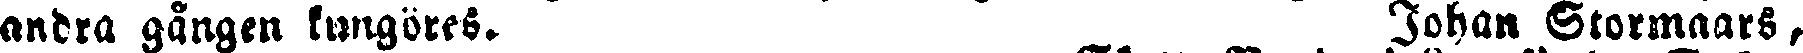
andra gången kungöres Johan Stormaars,